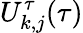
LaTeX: U_{k,j}^{\tau}(\tau)